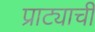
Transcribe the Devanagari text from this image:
प्राट्याची